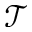
\mathscr { T }